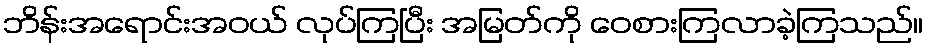
ဘိန်းအရောင်းအဝယ် လုပ်ကြပြီး အမြတ်ကို ဝေစားကြလာခဲ့ကြသည်။